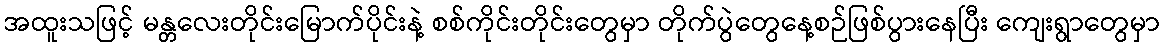
အထူးသဖြင့် မန္တလေးတိုင်းမြောက်ပိုင်းနဲ့ စစ်ကိုင်းတိုင်းတွေမှာ တိုက်ပွဲတွေနေ့စဉ်ဖြစ်ပွားနေပြီး ကျေးရွာတွေမှာ